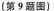
(第9题图)